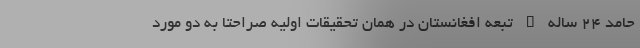
حامد 24 ساله – تبعه افغانستان در همان تحقیقات اولیه صراحتا به دو مورد